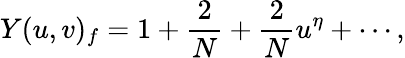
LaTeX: Y(u,v)_{f}=1+\frac{2}{N}+\frac{2}{N}u^{\eta}+\cdots,